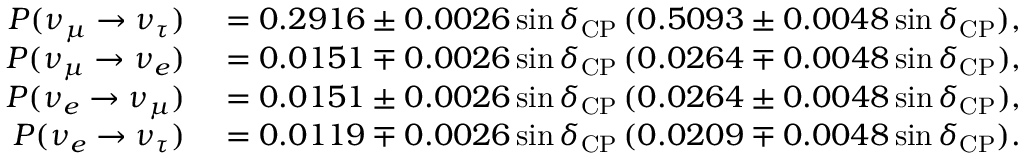
\begin{array} { r l } { P ( \nu _ { \mu } \to \nu _ { \tau } ) } & { { } = 0 . 2 9 1 6 \pm 0 . 0 0 2 6 \sin \delta _ { \mathrm { C P } } \, ( 0 . 5 0 9 3 \pm 0 . 0 0 4 8 \sin \delta _ { \mathrm { C P } } ) , } \\ { P ( \nu _ { \mu } \rightarrow \nu _ { e } ) } & { { } = 0 . 0 1 5 1 \mp 0 . 0 0 2 6 \sin \delta _ { \mathrm { C P } } \, ( 0 . 0 2 6 4 \mp 0 . 0 0 4 8 \sin \delta _ { \mathrm { C P } } ) , } \\ { P ( \nu _ { e } \rightarrow \nu _ { \mu } ) } & { { } = 0 . 0 1 5 1 \pm 0 . 0 0 2 6 \sin \delta _ { \mathrm { C P } } \, ( 0 . 0 2 6 4 \pm 0 . 0 0 4 8 \sin \delta _ { \mathrm { C P } } ) , } \\ { P ( \nu _ { e } \rightarrow \nu _ { \tau } ) } & { { } = 0 . 0 1 1 9 \mp 0 . 0 0 2 6 \sin \delta _ { \mathrm { C P } } \, ( 0 . 0 2 0 9 \mp 0 . 0 0 4 8 \sin \delta _ { \mathrm { C P } } ) . } \end{array}